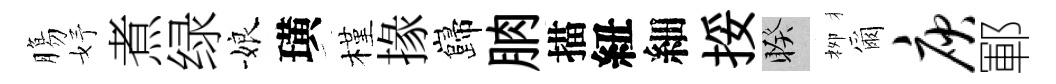
膓妤煮绿娘璜槿掾巋朒描紐細挼睽栁爾庾鄆